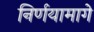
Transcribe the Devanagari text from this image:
निर्णयामागे